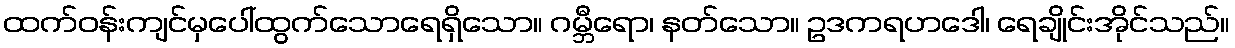
ထက်ဝန်းကျင်မှပေါ်ထွက်သောရေရှိသော။ ဂမ္ဘီရော၊ နတ်သော။ ဥဒကရဟဒေါ၊ ရေချိုင်းအိုင်သည်။